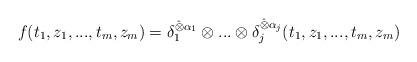
LaTeX: \begin{align*} f(t_1,z_1,...,t_m,z_m)=\delta_1^{\hat{\otimes} \alpha_1}\otimes...\otimes\delta_j^{\hat{\otimes} \alpha_j}(t_1,z_1,...,t_m,z_m)\end{align*}